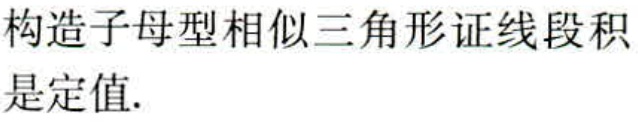
构造子母型相似三角形证线段积是定值.